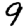
Digit: 9